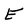
Character: e